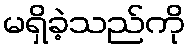
မရှိခဲ့သည်ကို